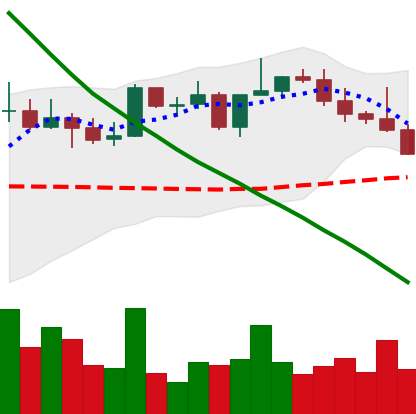
Ticker: NEO-USD
Chart end date: 2022-08-18
Forward return: -4.752%
Label: down_3_5